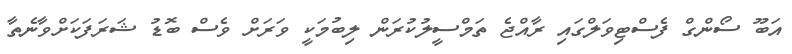
އަބޫ ސޯންގް ފެސްޓިވަލްގައި ރާއްޖެ ތަމްސީލުކުރަން ލިބުމަކީ ވަރަށް ވެސް ބޮޑު ޝަރަފަކަށްވާނެތާ